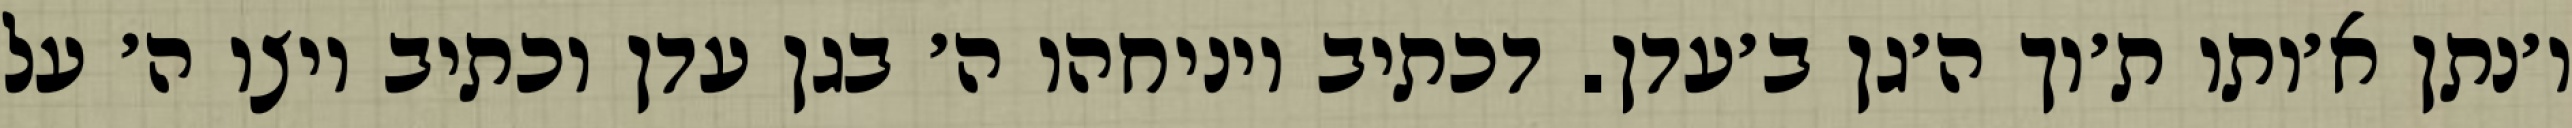
ו׳נתן א׳ותו ת׳וך ה׳גן ב׳עדן. דכתיב ויניחהו ה׳ בגן עדן וכתיב ויצו ה׳ על